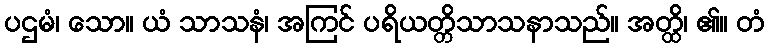
ပဌမံ၊ သော။ ယံ သာသနံ၊ အကြင် ပရိယတ္တိသာသနာသည်။ အတ္ထိ၊ ၏။ တံ